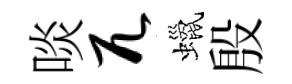
啖兀蠟殷